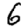
Digit: 6